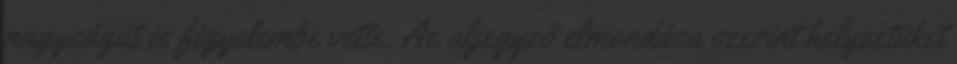
nagyságát is figyelembe vette. Az aljegyző elmondása szerint helyzetüket